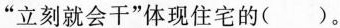
“立刻就会干”体现住宅的( )。